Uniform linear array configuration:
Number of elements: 16
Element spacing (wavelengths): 0.25
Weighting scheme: uniform
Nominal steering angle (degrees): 60
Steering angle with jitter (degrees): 61.412
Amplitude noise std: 0.05
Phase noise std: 0.05

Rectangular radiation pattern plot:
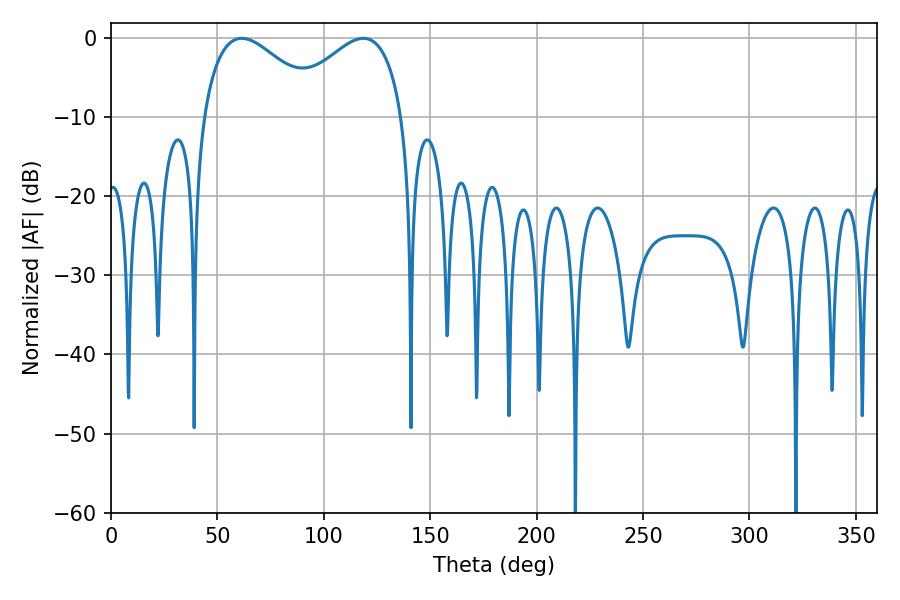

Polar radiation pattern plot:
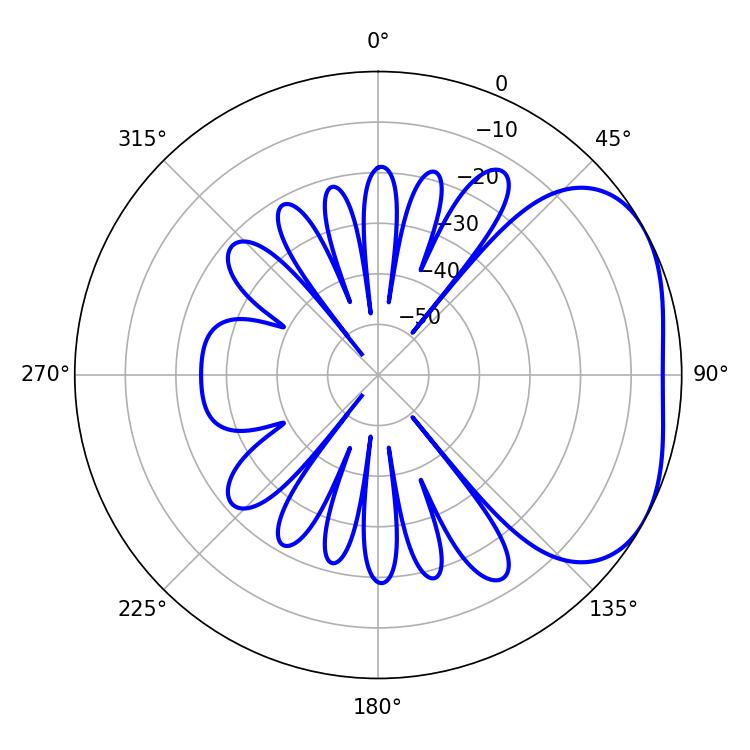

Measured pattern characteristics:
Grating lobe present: FALSE
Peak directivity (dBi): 3.212
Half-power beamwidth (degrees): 30.96
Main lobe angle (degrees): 61.38